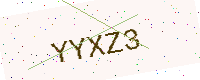
Text: YYXZ3